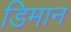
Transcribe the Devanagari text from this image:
डिमान